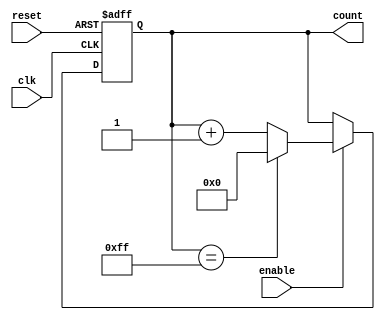
module binary_up_counter_with_enable (
    input clk,
    input reset,
    input enable,
    output reg [7:0] count
);

always @ (posedge clk or posedge reset) begin
    if (reset) begin
        count <= 8'b00000000;
    end else if (enable) begin
        if (count == (2**8 - 1)) begin
            count <= 8'b00000000;
        end else begin
            count <= count + 1;
        end
    end
end

endmodule